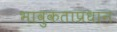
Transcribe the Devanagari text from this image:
भावुकताप्रधान